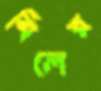
মিলের